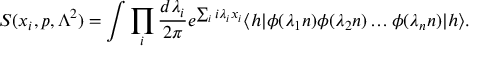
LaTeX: S ( x _ { i } , p , { \Lambda } ^ { 2 } ) = \int \prod _ { i } \frac { d { \lambda } _ { i } } { 2 \pi } e ^ { \sum _ { i } i { \lambda } _ { i } x _ { i } } \langle h | \phi ( { \lambda } _ { 1 } n ) \phi ( { \lambda } _ { 2 } n ) \dots \phi ( { \lambda } _ { n } n ) | h \rangle .